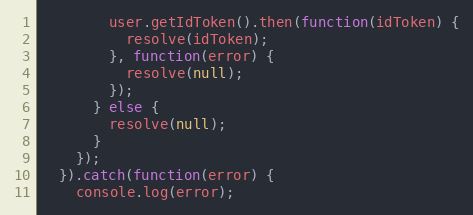
Language: JavaScript
        user.getIdToken().then(function(idToken) {
          resolve(idToken);
        }, function(error) {
          resolve(null);
        });
      } else {
        resolve(null);
      }
    });
  }).catch(function(error) {
    console.log(error);